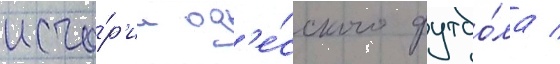
исто́р'ии од'е́сского футбо́ла /